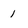
Character: l